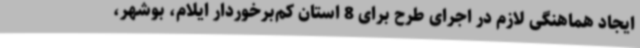
ایجاد هماهنگی لازم در اجرای طرح برای 8 استان کم‌برخوردار ایلام، بوشهر،